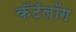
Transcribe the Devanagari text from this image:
कॅटॅलॉग